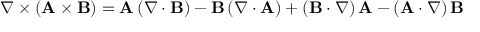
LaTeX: \nabla \times \left( \mathbf { A } \times \mathbf { B } \right) = \mathbf { A } \left( \nabla \cdot \mathbf { B } \right) - \mathbf { B } \left( \nabla \cdot \mathbf { A } \right) + \left( \mathbf { B } \cdot \nabla \right) \mathbf { A } - \left( \mathbf { A } \cdot \nabla \right) \mathbf { B }